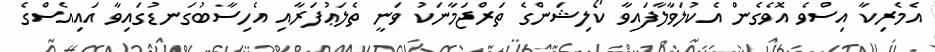
އެމެރިކާ އިސްވެ އޮވެގެން އެކުލަވާލާފައިވާ ކޯލިޝަންގެ ތަރްޖަމާނަކު ވަނީ ތެލަޢުފަރާއި އެހިސާބުގަނޑުގައިވާ އައިއެސްގެ